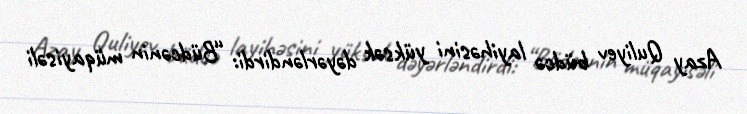
Azay Quliyev büdcə layihəsini yüksək dəyərləndirdi: “Büdcənin müqayisəli